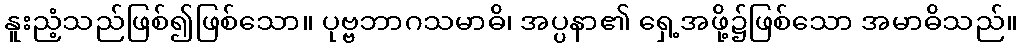
နူးညံ့သည်ဖြစ်၍ဖြစ်သော။ ပုဗ္ဗဘာဂသမာဓိ၊ အပ္ပနာ၏ ရှေ့အဖို့၌ဖြစ်သော အမာဓိသည်။